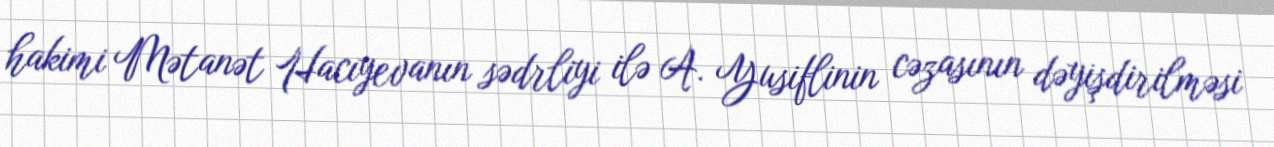
hakimi Mətanət Hacıyevanın sədrliyi ilə A. Yusiflinin cəzasının dəyişdirilməsi